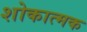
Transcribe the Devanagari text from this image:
शोकात्मक